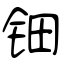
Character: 钿